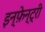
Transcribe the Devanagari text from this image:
इन्फ़ेन्ट्री